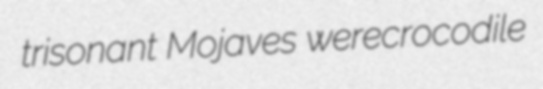
trisonant Mojaves werecrocodile